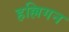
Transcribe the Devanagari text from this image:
हल्लिगन